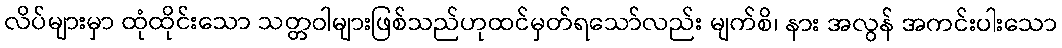
လိပ်များမှာ ထုံထိုင်းသော သတ္တဝါများဖြစ်သည်ဟုထင်မှတ်ရသော်လည်း မျက်စိ၊ နား အလွန် အကင်းပါးသော